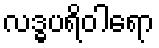
လဒ္ဓပရိဝါရော